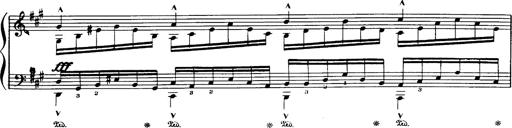
Title: Danza sacra e duetto finale dâ€™Aida
Composer: Franz Liszt